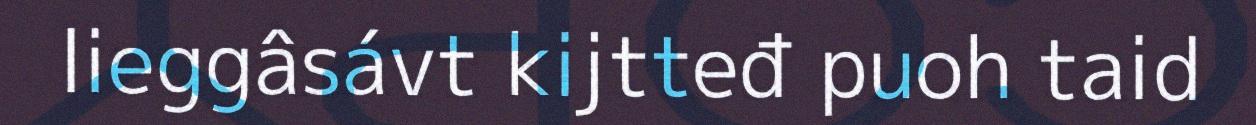
lieggâsávt kijtteđ puoh taid